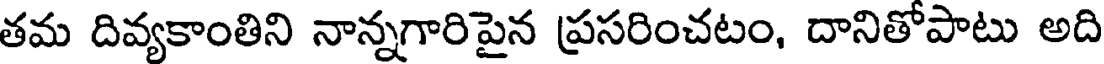
తమ దివ్యకాంతిని నాన్నగారిపైన ప్రసరించటం, దానితోపాటు అది